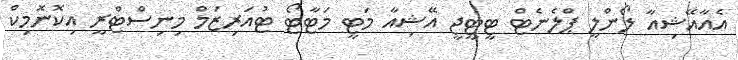
އެއާއޭޝިއާ ލޯންލީ ޕްލެނެޓް ޓީޓީޖީ އޭޝިއާ މަޓީ މަޓާޓޯ ޓުއަރިޒަމް މިނިސްޓްރީ އިކޮނޮމިކް